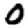
Digit: 0